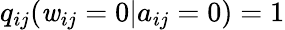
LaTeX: q_{ij}(\mathit{w}_{ij}=0|a_{ij}=0)=1